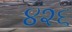
૪૨૬